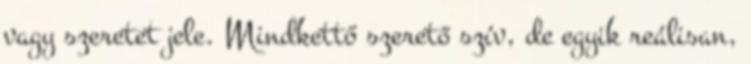
vagy szeretet jele. Mindkettő szerető szív, de egyik reálisan,